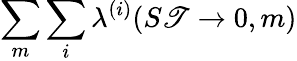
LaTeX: \sum_{m}\sum_{i}\lambda^{(i)}(S\mathscr{T}\rightarrow0,m)